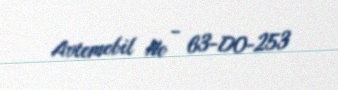
Avtomobil № - 63-DO-253